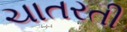
ચાતરતી